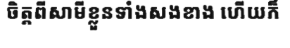
ចិត្តពីសាមីខ្លួនទាំងសងខាង ហើយក៏